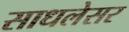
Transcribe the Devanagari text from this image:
साधलेसर